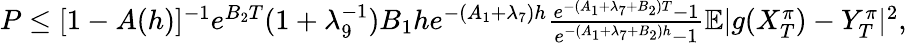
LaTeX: \begin{array}{r}{\begin{array}{r}{P\leq[1-A(h)]^{-1}e^{B_{2}T}(1+\lambda_{9}^{-1})B_{1}he^{-(A_{1}+\lambda_{7})h}\frac{e^{-(A_{1}+\lambda_{7}+B_{2})T}-1}{e^{-(A_{1}+\lambda_{7}+B_{2})h}-1}\mathbb{E}|g(X_{T}^{\pi})-Y_{T}^{\pi}|^{2},}\end{array}}\end{array}